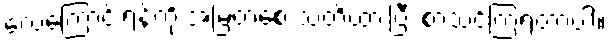
လေကြောင်းရန်ကို အမြဲတစေ သတိထားပြီး စာသင်ကြရတာပါ။